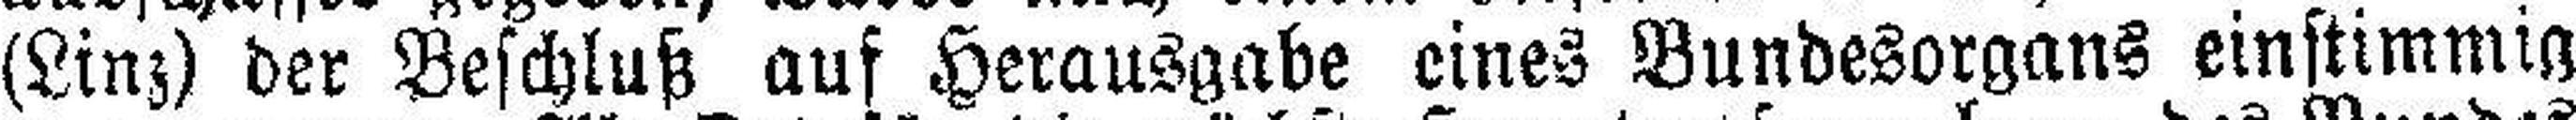
(Linz) der Beschluß auf Herausgabe eines Bundesorgans einstimmig